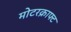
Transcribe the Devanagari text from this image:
मोटरक्राफ्ट